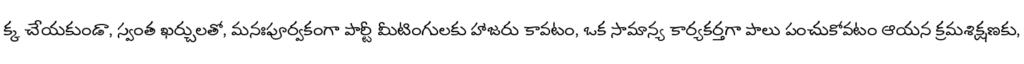
క్క చేయకుండా, స్వంత ఖర్చులతో, మనఃపూర్వకంగా పార్టీ మీటింగులకు హాజరు కావటం, ఒక సామాన్య కార్యకర్తగా పాలు పంచుకోవటం ఆయన క్రమశిక్షణకు,